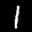
Label: 1